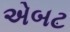
એબટ